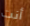
أنت